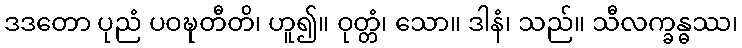
ဒဒတော ပုညံ ပဝဍ္ဎတီတိ၊ ဟူ၍။ ဝုတ္တံ၊ သော။ ဒါနံ၊ သည်။ သီလက္ခန္ဓဿ၊